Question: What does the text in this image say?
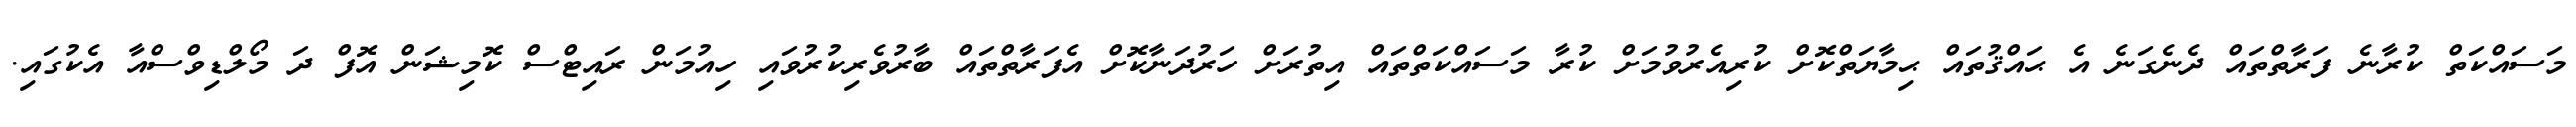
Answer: މަސައްކަތް ކުރާނެ ފަރާތްތައް ދެނެގަނެ އެ ޙައްޤުތައް ޙިމާޔަތްކޮށް ކުރިއެރުވުމަށް ކުރާ މަސައްކަތްތައް އިތުރަށް ހަރުދަނާކޮށް އެފަރާތްތައް ބާރުވެރިކުރުވައި ހިއުމަން ރައިޓްސް ކޮމިޝަން އޮފް ދަ މޯލްޑިވްސްއާ އެކުގައި.